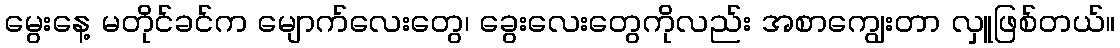
မွေးနေ့ မတိုင်ခင်က မျောက်လေးတွေ၊ ခွေးလေးတွေကိုလည်း အစာကျွေးတာ လှူဖြစ်တယ်။